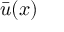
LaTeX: { \bar { u } } ( x )